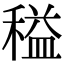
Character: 䅬